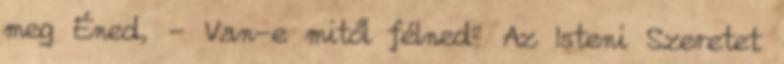
meg Éned, - Van-e mitől félned? Az Isteni Szeretet